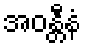
အဝန္တီနံ